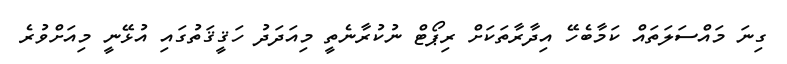
ގިނަ މައްސަލަތައް ކަމާބެހޭ އިދާރާތަކަށް ރިޕޯޓް ނުކުރާނެތީ މިއަދަދު ހަޤީޤަތުގައި އުޅޭނީ މިއަށްވުރެ